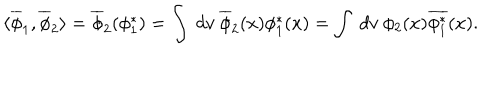
\langle \overline { { { \phi } } } _ { 1 } , \overline { { { \phi } } } _ { 2 } \rangle = \overline { { { \phi } } } _ { 2 } ( \phi _ { 1 } ^ { * } ) = \int \ d v \ \overline { { { \phi } } } _ { 2 } ( x ) \phi _ { 1 } ^ { * } ( x ) = \int \ d v \ \phi _ { 2 } ( x ) \overline { { { \phi _ { 1 } ^ { * } } } } ( x ) .